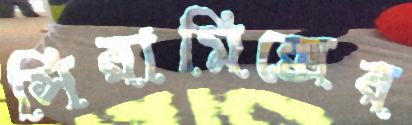
সিরামিক্সের